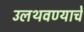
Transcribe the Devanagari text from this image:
उलथवण्याचे